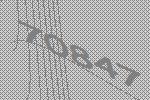
70847